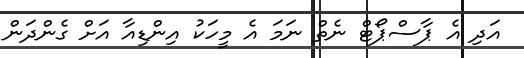
އަދި އެ ޕާސްޕޯޓް ނެތް ނަމަ އެ މީހަކު އިންޑިއާ އަށް ގެންދަން